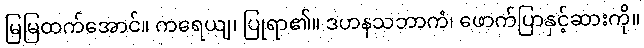
မြမြထက်အောင်။ ကရေယျ၊ ပြုရာ၏။ ဒဟနသဘာကံ၊ ဖောက်ပြာနှင့်ဆားကို။